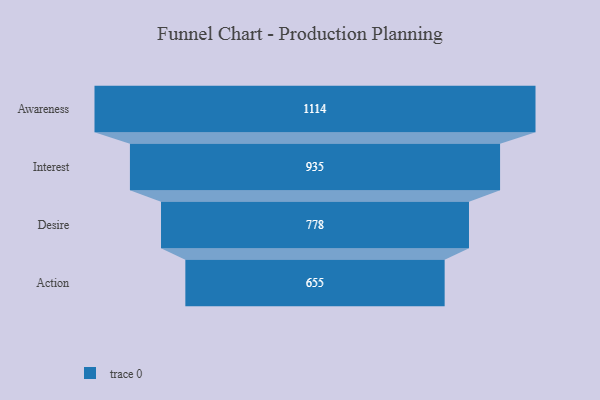
{"axis": {"x": "Stage", "y": "Value"}, "legend": [""], "data": [{"x": "Awareness", "y": 1114.0, "type": ""}, {"x": "Interest", "y": 935.0, "type": ""}, {"x": "Desire", "y": 778.0, "type": ""}, {"x": "Action", "y": 655.0, "type": ""}]}